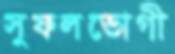
সুফলভোগী